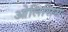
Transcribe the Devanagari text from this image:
ओलिसिस